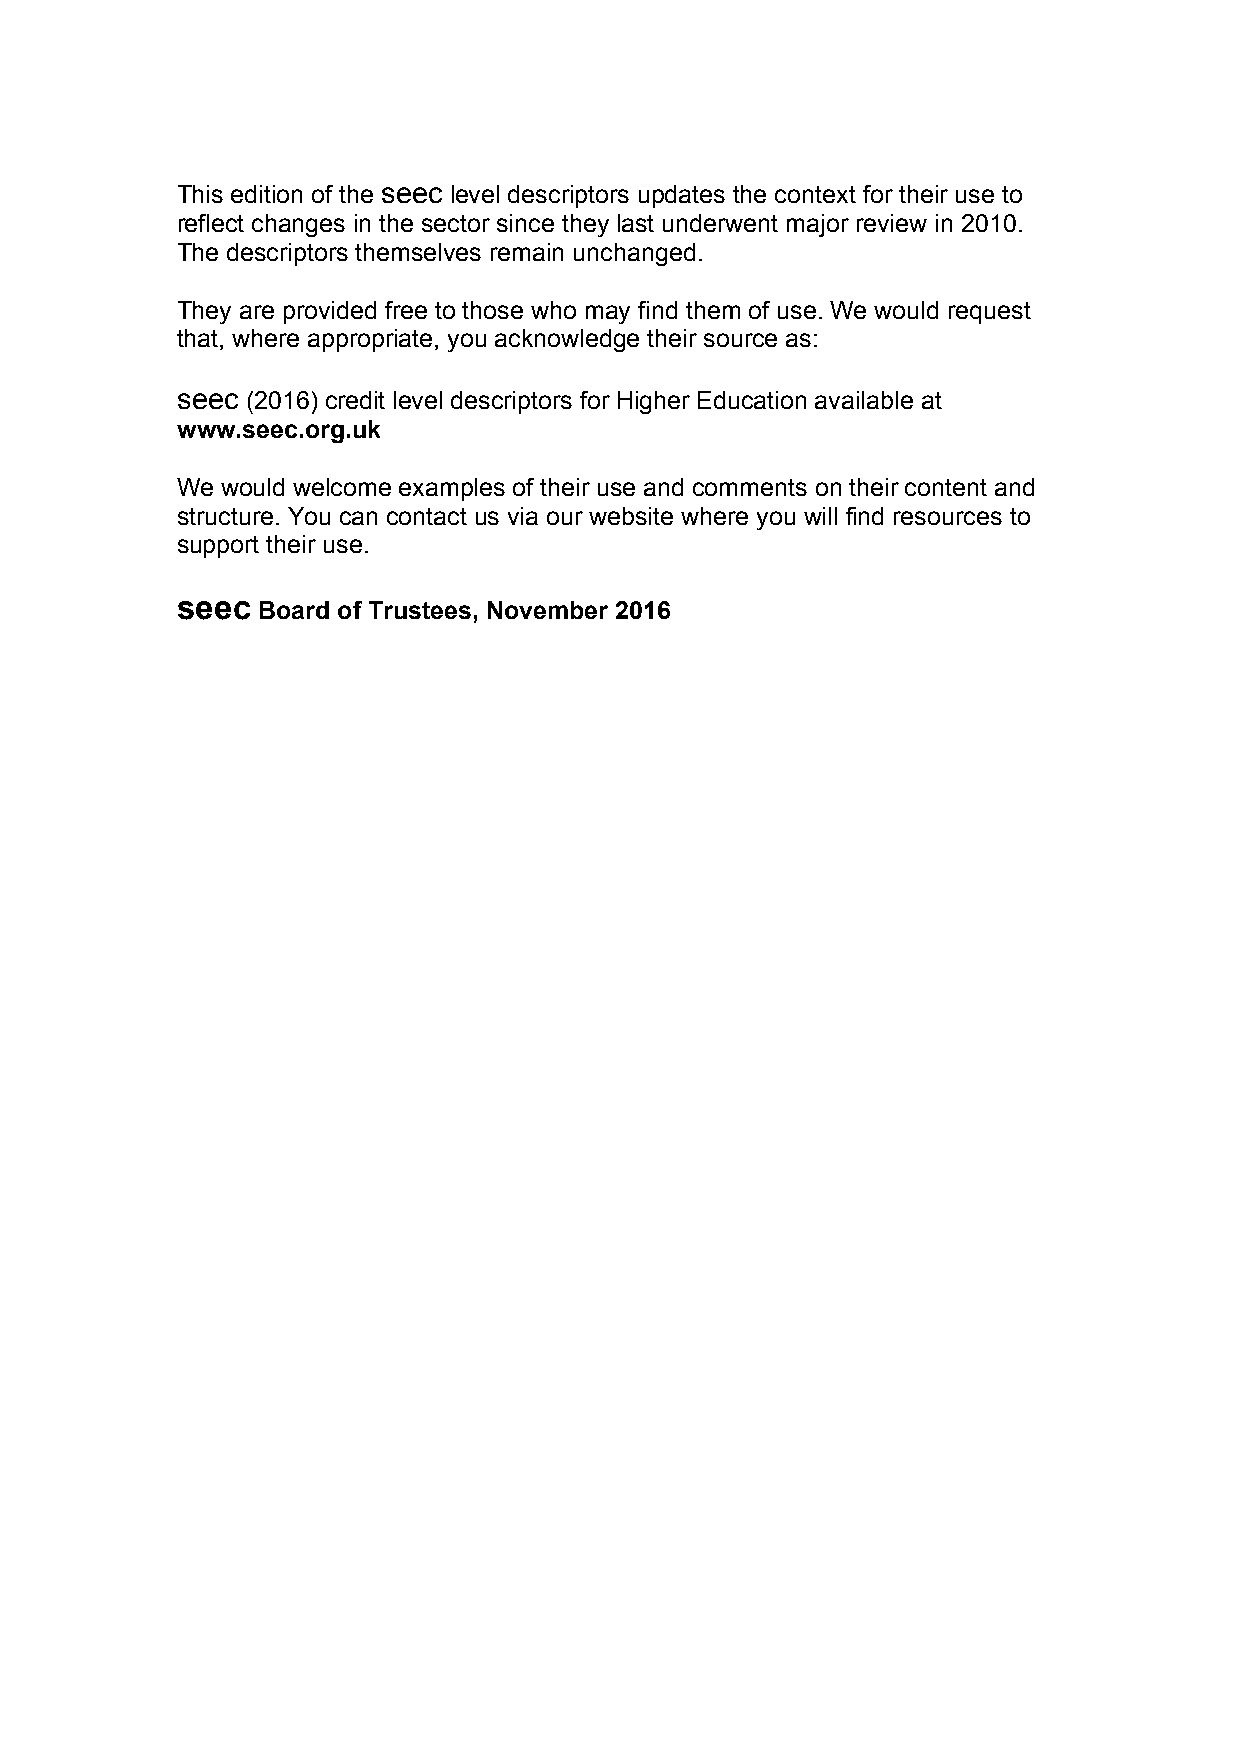
This edition of the seec level descriptors updates the context for their use to
 reflect changes in the sector since they last underwent major review in 2010.
 The descriptors themselves remain unchanged.
 They are provided free to those who may find them of use. We would request
 that, where appropriate, you acknowledge their source as:
 seec (2016) credit level descriptors for Higher Education available at
 www.seec.org.uk
 We would welcome examples of their use and comments on their content and
 structure. You can contact us via our website where you will find resources to
 support their use.
 seec
 Board of Trustees, November 2016